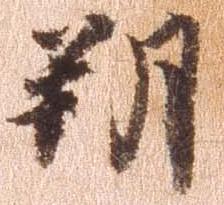
朔